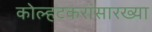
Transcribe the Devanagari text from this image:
कोल्हटकरांसारख्या